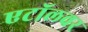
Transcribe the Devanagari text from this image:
एटॉलवर